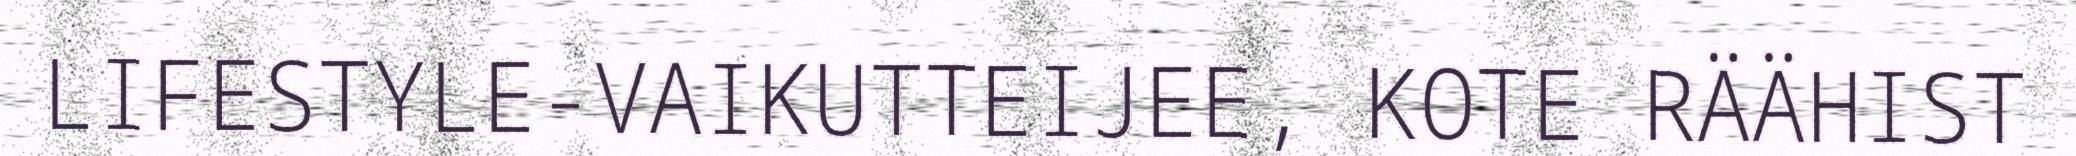
LIFESTYLE-VAIKUTTEIJEE, KOTE RÄÄHIST